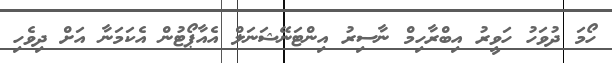
ހޯމަ ދުވަހު ހަވީރު އިބްރާހިމް ނާސިރު އިންޓަނޭޝަނަލް އެއާޕޯޓުން އެކަމަނާ އަށް ދިވެހި